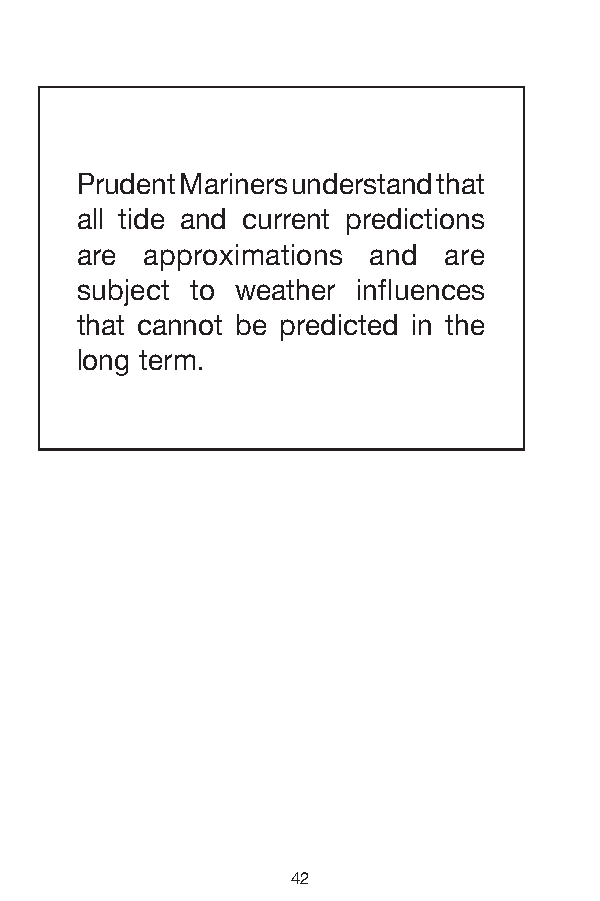
Prudent Mariners understand that
 all tide and current predictions
 are approximations and are
 subject to weather influences
 that cannot be predicted in the
 long term.
 42